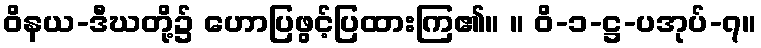
ဝိနယ-ဒီဃတို့၌ ဟောပြဖွင့်ပြထားကြ၏။ ။ ဝိ-၁-ဋ္ဌ-ပအုပ်-၇။